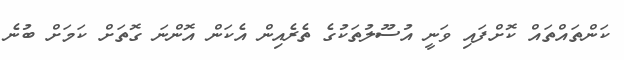
ކަންތައްތައް ކޮށްފައި ވަނީ އުސޫލުތަކުގެ ތެރެއިން އެކަން އޮންނަ ގޮތަށް ކަމަށް ބުނެ